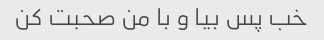
خب پس بیا و با من صحبت کن